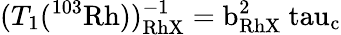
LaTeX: (T_{1}(^{103}\mathrm{{Rh}))_{RhX}^{-1}=b_{RhX}^{2}\ tau_{c}}